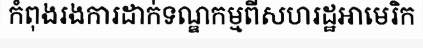
កំពុងរងការដាក់ទណ្ឌកម្មពីសហរដ្ឋអាមេរិក